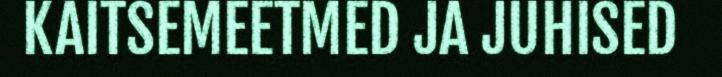
KAITSEMEETMED JA JUHISED